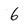
Character: 6